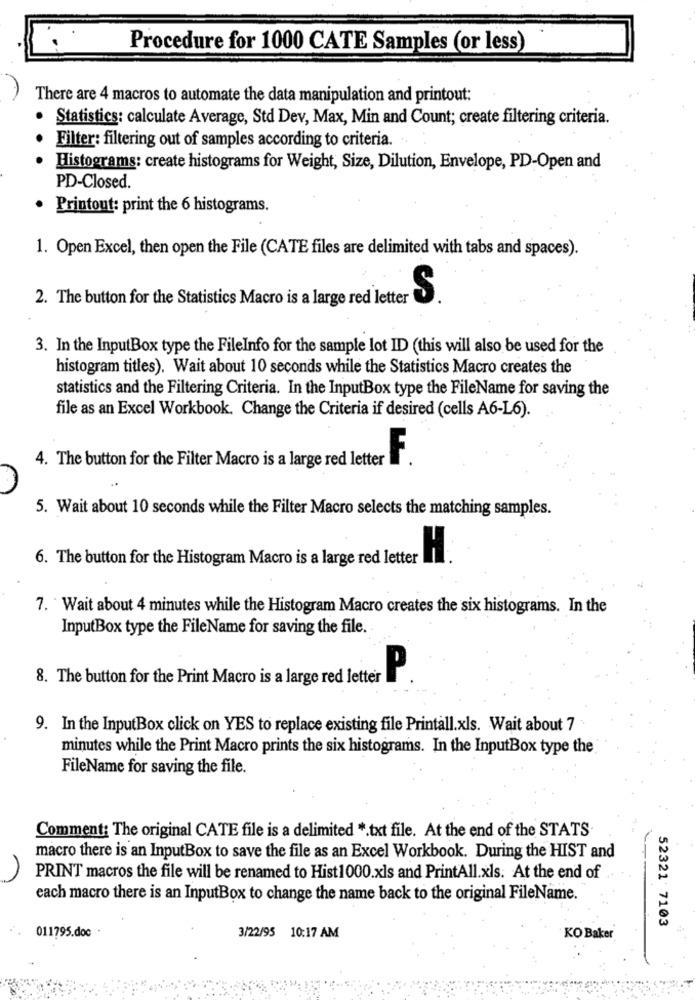
Procedure for 1000 CATE Samples (or less)
There are 4 macros to automate the data manipulation and printout:
.
Statistics: calculate Average, Std Dev, Max, Min and Count; create filtering criteria.
Filter: filtering out of samples according to criteria.
Histograms: create histograms for Weight, Size, Dilution, Envelope, PD-Open and
PD-Closed.
· Printout: print the 6 histograms.
1. Open Excel, then open the File (CATE files are delimited with tabs and spaces).
2. The button for the Statistics Macro is a large red letter
S
3. In the InputBox type the FileInfo for the sample lot ID (this will also be used for the
histogram titles). Wait about 10 seconds while the Statistics Macro creates the
statistics and the Filtering Criteria. In the InputBox type the FileName for saving the
file as an Excel Workbook. Change the Criteria if desired (cells A6-L6).
4. The button for the Filter Macro is a large red letter
F
5. Wait about 10 seconds while the Filter Macro selects the matching samples.
6. The button for the Histogram Macro is a large red letter
7. Wait about 4 minutes while the Histogram Macro creates the six histograms. In the
InputBox type the FileName for saving the file.
8. The button for the Print Macro is a large red letter
.P
9. In the InputBox click on YES to replace existing file Printall.xls. Wait about 7
minutes while the Print Macro prints the six histograms. In the InputBox type the
FileName for saving the file.
Comment: The original CATE file is a delimited *. txt file. At the end of the STATS
macro there is an InputBox to save the file as an Excel Workbook. During the HIST and
PRINT macros the file will be renamed to Hist1000.xls and PrintAll.xls. At the end of
each macro there is an InputBox to change the name back to the original FileName.
52321 7103
011795.doc
3/22/95 10:17 AM
KO Baker